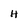
Character: H